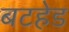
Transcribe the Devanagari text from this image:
बटहेड